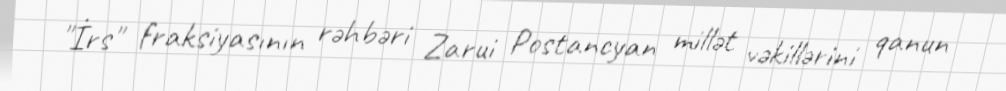
"İrs" fraksiyasının rəhbəri Zarui Postancyan millət vəkillərini qanun